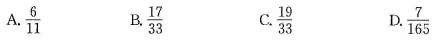
A.\frac{6}{11} B.\frac{17}{33} C.\frac{19}{33} D.\frac{7}{165}